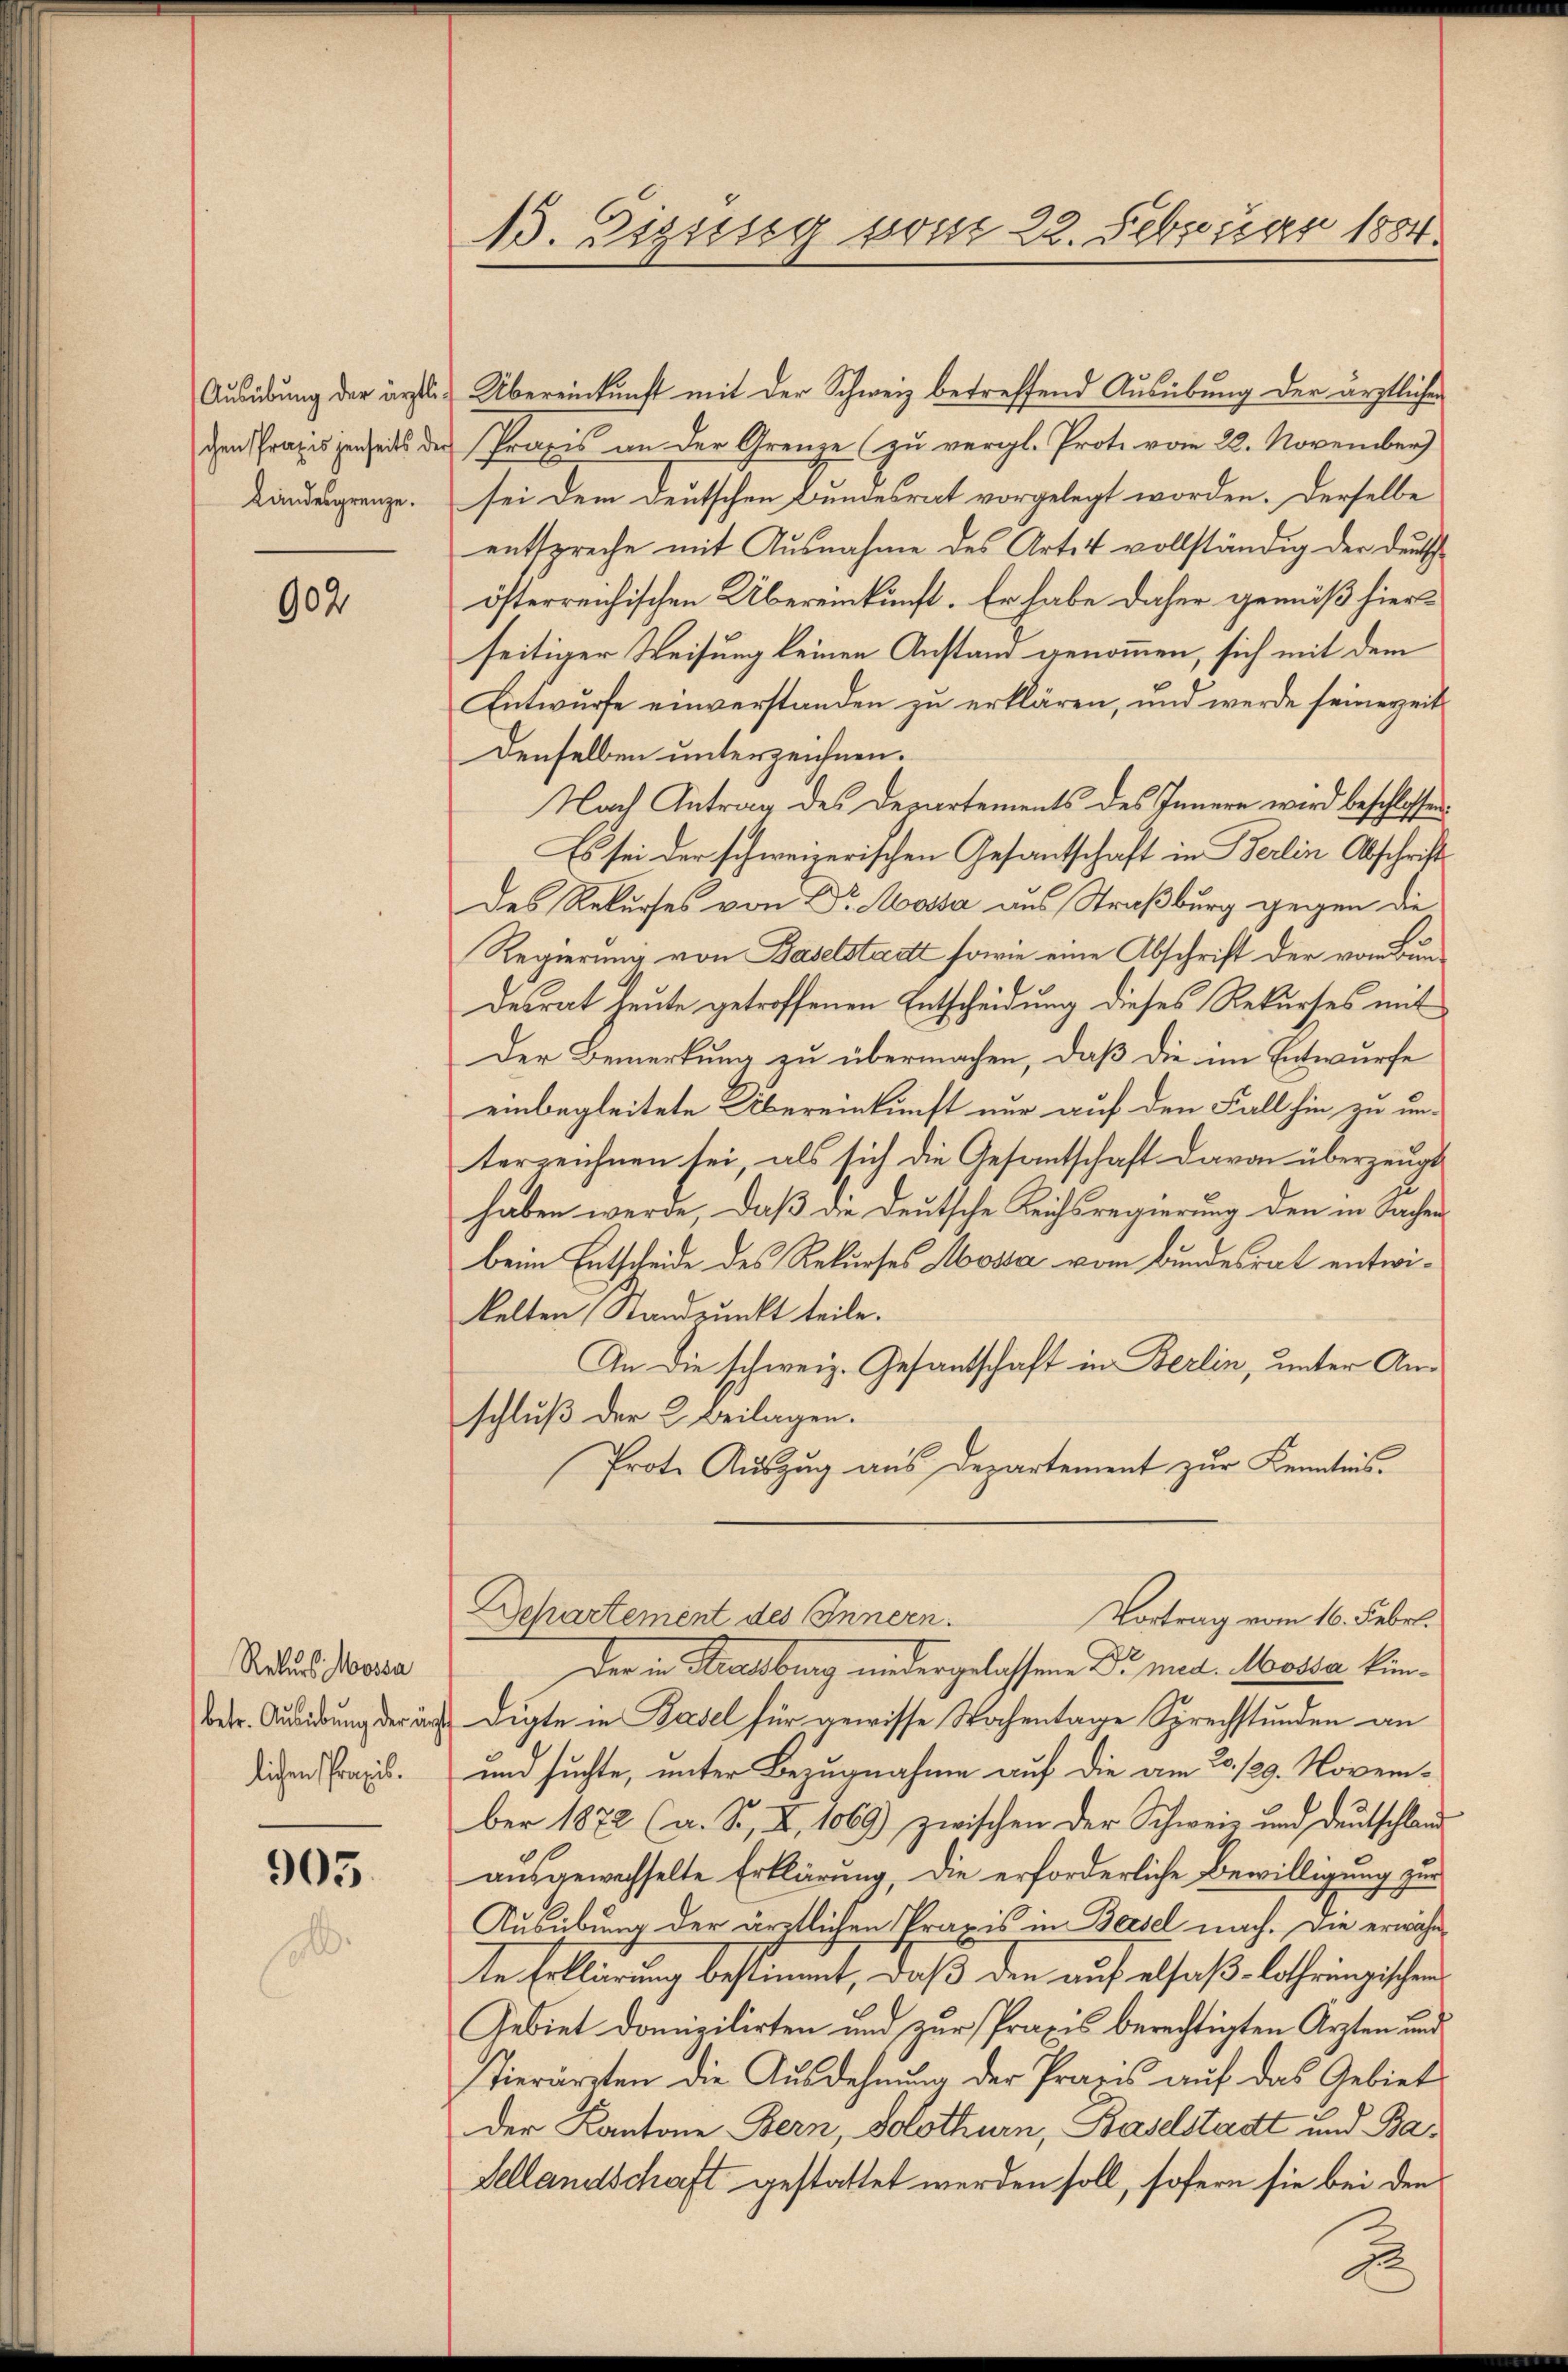
Ausübung der ärztli¬
Landesgrenze.

902

Rekurs Mossa
betr. Ausübung der nicht
lichen Praxis.

905.

13. Sizung vom 22. Februar 1884.

Übereinkunft mit der Schweiz betreffend Ausübung der ärztlicher
chen Praxis jenseits der Praxis an der Grenze zu vergl. Prote vom 22. November)
sei dem deutschen Bundesrat vorgelegt worden. Derselbe
entspreche mit Ausnahme des Artet vollständig der Deutsch
österreichischen Übereinkunft. Er habe daher gemäß hier
seitiger Weisung keinen Anstand genommen, sich mit dem
Entwurfe einverstanden zu erklären, und werde seinereit
Denselben unterzeichnen.
Nach Antrag des Departements des Innern wird beschlossen
Es sei der schweizerischen Gesandtschaft in Berlin Abschrift
Des Rekurses von Dr Massa aus Straßburg gegen die
Regierung von Baselstatt sowie eine Abschrift der von Bun-
desrat heute getroffenen Entscheidung dieses Rekurses mit
Der Bemerkung zu übermachen, daß die im Entwurfe
einbegleitete Übereinkunft nur auf den Fall hin zu un-
terzeichnen sei, als sich die Gesantschaft davon überzeugt
haben werde, daß die Deutsche Reichsregierung den in Sachen
beim Entscheide des Rekurses Mossa vom Bundesrat entwikelten Standpunkt teile.
An die schweiz. Gesantschaft in Berlin, unter Anschluß der 2. Beilagen.
Prote Auszug aus Departement zur Kenntnis¬
Departement des Innern.
Vortrag vom 16. Febr.
Der in Strassburg niedergelassene Dr. med. Mossa kindigte in Basel für gewisse Wochentage Sprechstunden an
und suchte, unter Bezugnahme auf die am 20. 129. November 1872 (a. So, X, 1069) zwischen der Schweiz und deutschland
ausgewechselte Erklärung, die erforderliche Bewilligung zur
Ausübung der ärztlichen Praxis in Bersel nach. Die erwähn
te Erklärung bestimmt, daß den auf elsaß-Lothringischen
Gebiet domizilirten und zur Praxis berechtigten Ärzten und
Tierärzten die Ausdehnung der Praxis auf das Gebiet
Der Kantone Bern, Solothurn, Baselstadt und Ba¬
Sellandschaft gestattet werden soll, sofern sie bei den

u